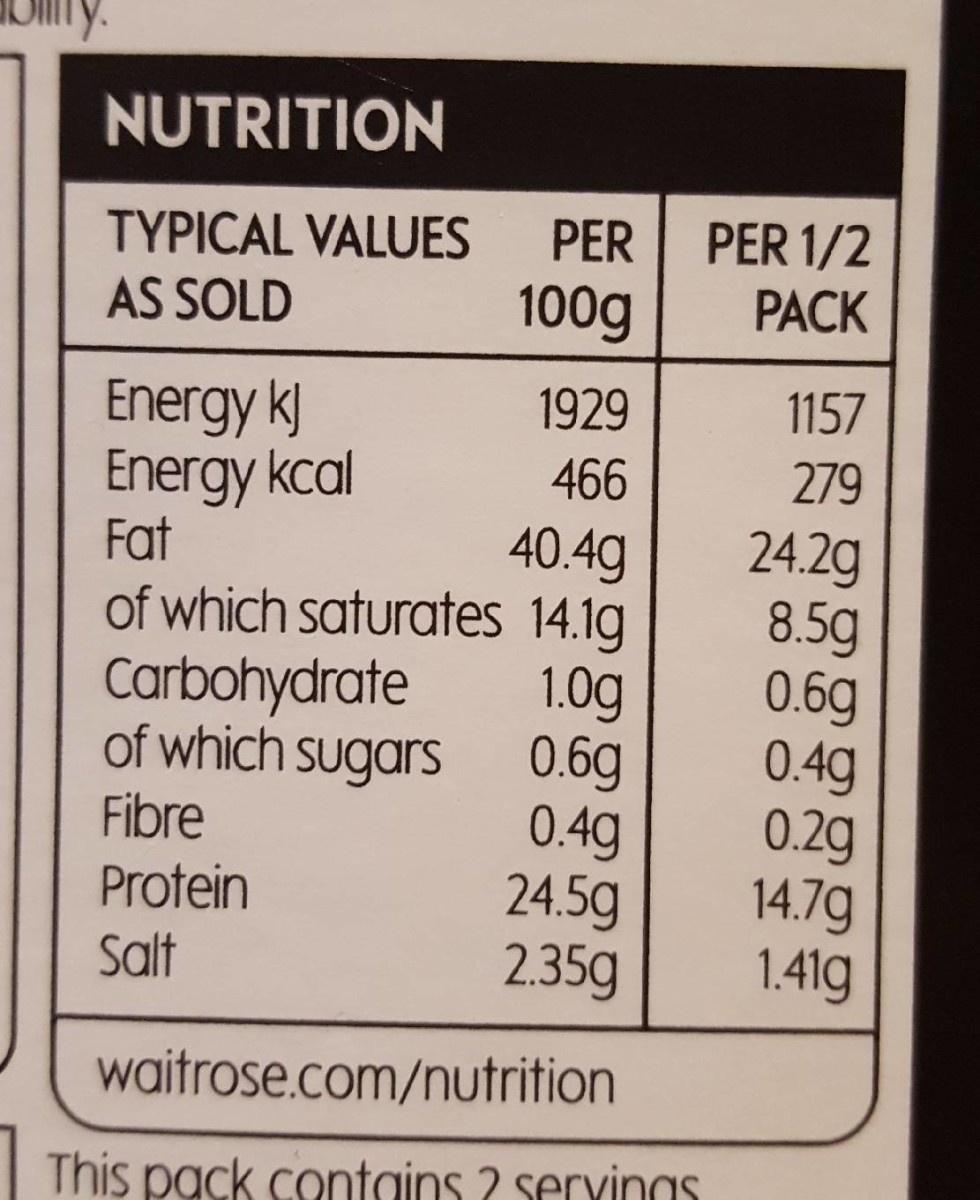
y NUTRITION PER 1/2 PACK PER TYPICAL VALUES 100g AS SOLD 1157 Energy k Energy kcal Fat 1929 279 466 24.2g 8.5g 0.69 0.49 0.2g 14.7g 1.419 40.49 of which saturates 14.1g 1.0g of which sugars 0.6g 0.49 24.5g 2.35g Carbohydrate Fibre Protein salt waitrose.com/nutrition This pack contains ? servings